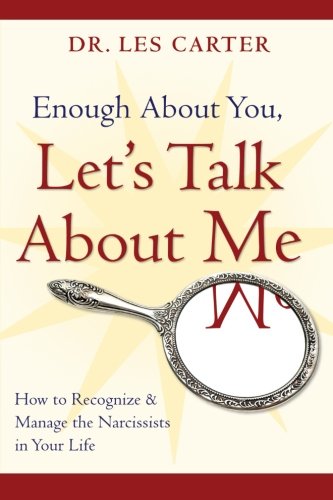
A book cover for Enough About You, Let's Talk About Me: How to Recognize and Manage the Narcissists in Your Life; Les Carter; Health, Fitness & Dieting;